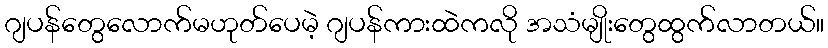
ဂျပန်တွေလောက်မဟုတ်ပေမဲ့ ဂျပန်ကားထဲကလို အသံမျိုးတွေထွက်လာတယ်။